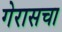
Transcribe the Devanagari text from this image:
गेरासचा